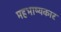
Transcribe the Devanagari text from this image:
महभाष्यकार